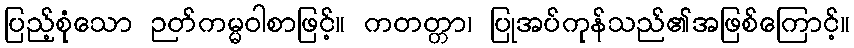
ပြည့်စုံသော ဉတ်ကမ္မဝါစာဖြင့်။ ကတတ္တာ၊ ပြုအပ်ကုန်သည်၏အဖြစ်ကြောင့်။